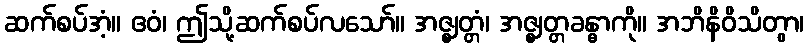
ဆက်စပ်အံ့။ ဧဝံ၊ ဤသို့ဆက်စပ်လသော်။ အဇ္ဈတ္တံ၊ အဇ္ဈတ္တခန္ဓာကို။ အဘိနိဝိသိတွာ၊